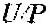
U/P